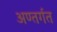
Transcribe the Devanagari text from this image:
अण्तर्गत